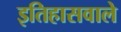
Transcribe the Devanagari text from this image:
इतिहासवाले